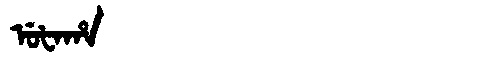
Manchu: ᡠᡶᠠᡥᠠ
Romanization: UFAHA